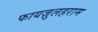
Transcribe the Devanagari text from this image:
फायज़ुलहराम